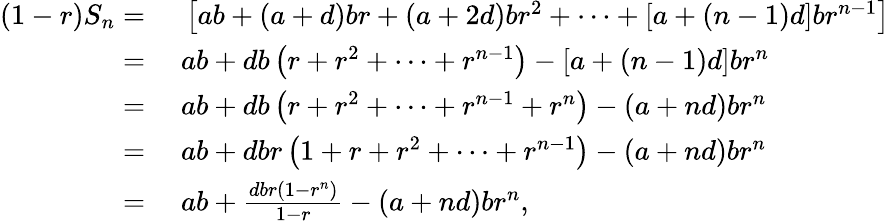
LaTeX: \begin{array}{rl}{(1-r)S_{n}={}}&{{}\left[ab+(a+d)br+(a+2d)br^{2}+\cdots+[a+(n-1)d]br^{n-1}\right]}\\ {={}}&{{}ab+db\left(r+r^{2}+\cdots+r^{n-1}\right)-\left[a+(n-1)d\right]br^{n}}\\ {={}}&{{}ab+db\left(r+r^{2}+\cdots+r^{n-1}+r^{n}\right)-\left(a+nd\right)br^{n}}\\ {={}}&{{}ab+dbr\left(1+r+r^{2}+\cdots+r^{n-1}\right)-\left(a+nd\right)br^{n}}\\ {={}}&{{}ab+{\frac{dbr(1-r^{n})}{1-r}}-(a+nd)br^{n},}\end{array}